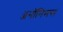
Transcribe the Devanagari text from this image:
ॲनॉनिमस